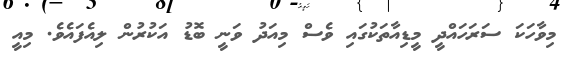
މިވާހަކަ ސަރަހައްދީ މީޑިއާތަކުގައި ވެސް މިއަދު ވަނީ ބޮޑު އަކުރުން ލިއެފައެވެ. މިއީ